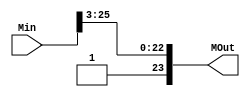
module round_2 (Min , MOut);
input [26:0]Min;
output reg [23:0]MOut;
always@(*)
begin
    MOut = {1'b1 , Min[25:3]};
end
endmodule